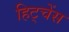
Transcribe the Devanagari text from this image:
हिट्चेंस